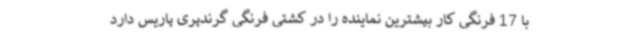
با 17 فرنگی کار بیشترین نماینده را در کشتی فرنگی گرندپری پاریس دارد